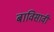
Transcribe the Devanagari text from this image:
बाविसावी